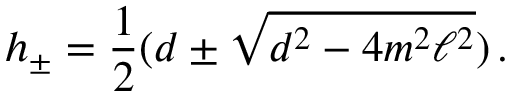
h _ { \pm } = \frac { 1 } { 2 } ( d \pm \sqrt { d ^ { 2 } - 4 m ^ { 2 } \ell ^ { 2 } } ) \, .